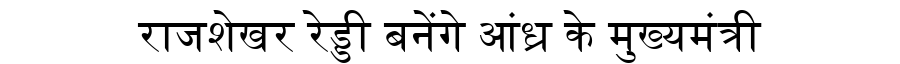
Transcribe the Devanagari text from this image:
राजशेखर रेड्डी बनेंगे आंध्र के मुख्यमंत्री